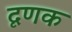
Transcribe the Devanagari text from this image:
दृणक